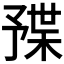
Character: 𣖦